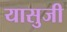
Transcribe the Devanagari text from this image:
यासुजी